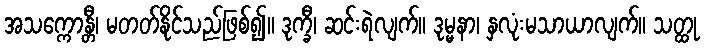
အသက္ကောန္တီ၊ မတတ်နိုင်သည်ဖြစ်၍။ ဒုက္ခီ၊ ဆင်းရဲလျက်။ ဒုမ္မနာ၊ နှလုံးမသာယာလျက်။ သတ္ထု